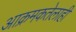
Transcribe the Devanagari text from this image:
आक्रमकतेलाही